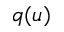
q ( u )